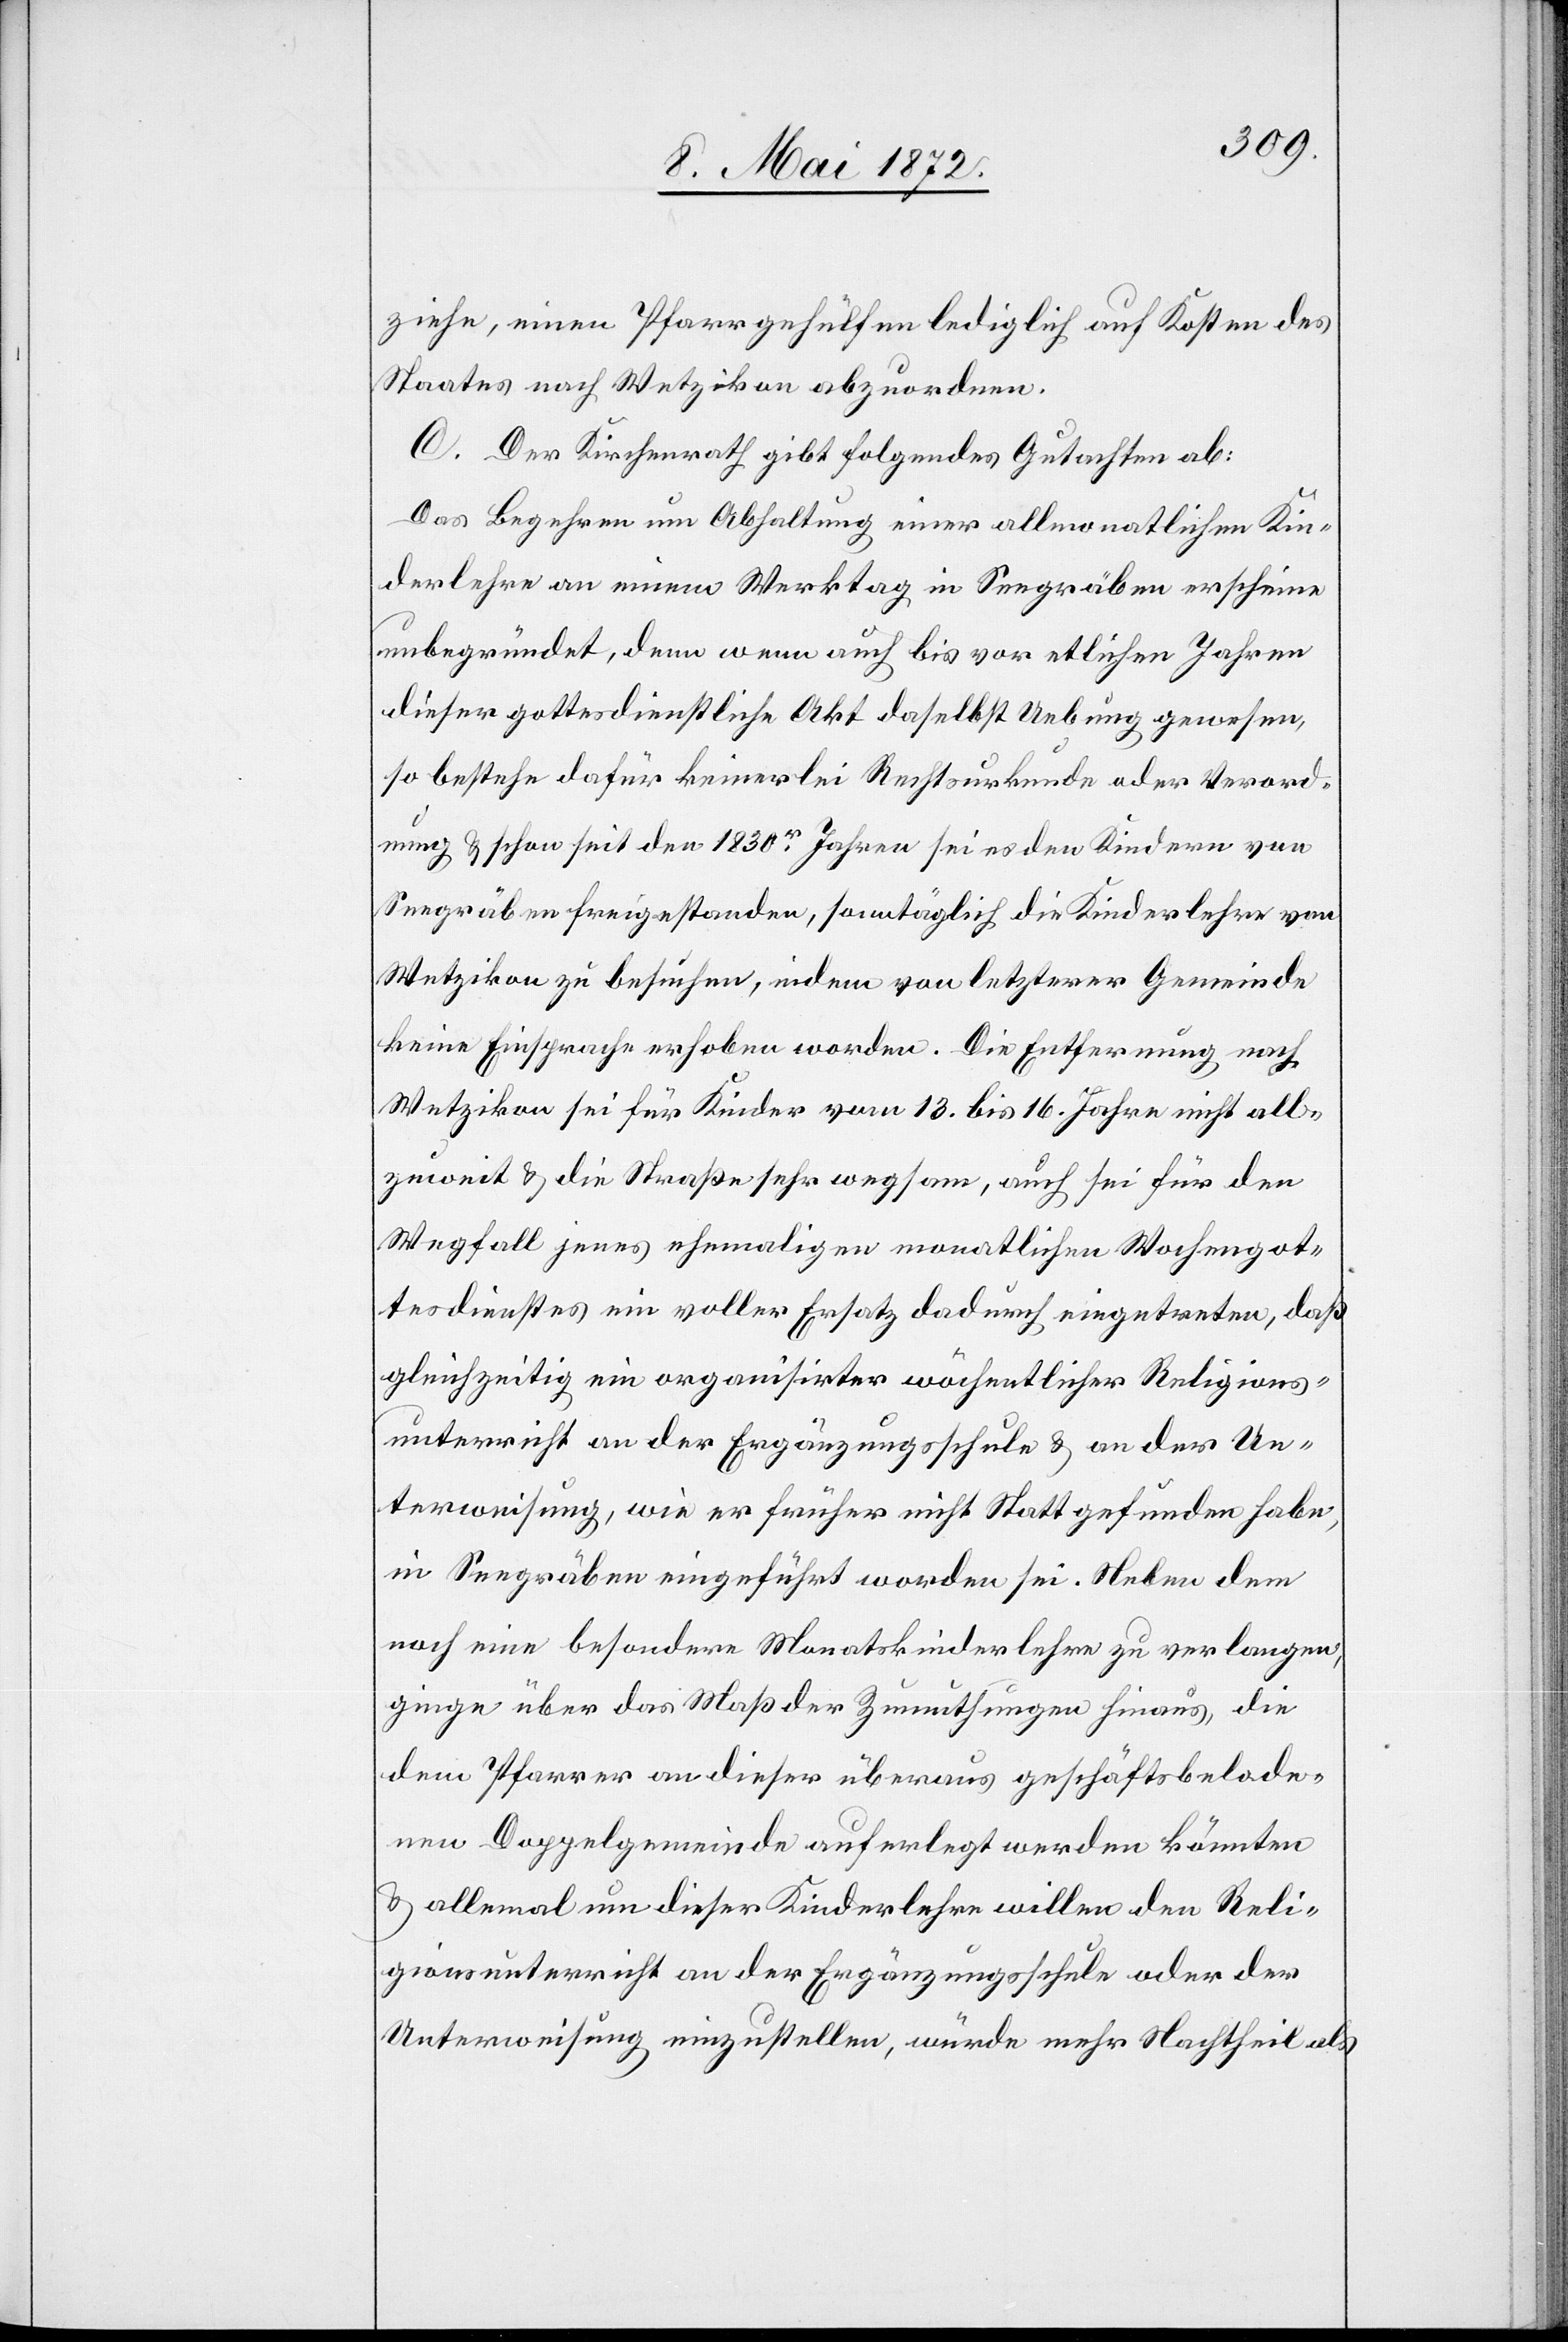
ziehe, einen Pfarrgehülfen lediglich auf Kosten des
Staates nach Wetzikon abzuordnen.
C. Der Kirchenrath gibt folgendes Gutachten ab:
Das Begehren um Abhaltung einer allmonatlichen Kin¬
derlehre an einem Werktag in Seegräben erscheine
unbegründet, denn wenn auch bis vor etlichen Jahren
dieser gottesdienstliche Akt daselbst Uebung gewesen,
so bestehe dafür keinerlei Rechtsurkunde oder Verord¬
nung u. schon seit den 1830r Jahren sei es den Kindern von
Seegräben freigestanden, samstäglich die Kinderlehre von
Wetzikon zu besuchen, indem von letzterer Gemeinde
keine Einsprache erhoben worden. Die Entfernung nach
Wetzikon sei für Kinder vom 13. bis 16. Jahre nicht all¬
zuweit u. die Straße sehr wegsam, auch sei für den
Wegfall jenes ehemaligen monatlichen Wochengot¬
tesdienstes ein voller Ersatz dadurch eingetreten, daß
gleichzeitig ein organisirter wöchentlicher Religions¬
unterricht an der Ergänzungsschule u. an der Un¬
terweisung, wie er früher nicht Statt gefunden habe,
in Seegräben eingeführt worden sei. Neben dem
noch eine besondere Monatskinderlehre zu verlangen,
ginge über das Maß der Zumuthungen hinaus, die
dem Pfarrer an dieser überaus geschäftsbelade¬
nen Doppelgemeinde auferlegt werden könnten
u. allemal um dieser Kinderlehre willen den Reli¬
gionsunterricht an der Ergänzungsschule oder der
Unterweisung einzustellen, würde mehr Nachtheil als